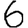
Digit: 6